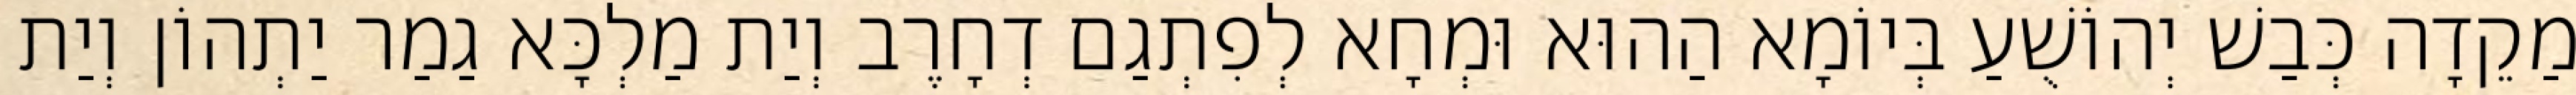
מַקֵדָה כְּבַשׁ יְהוֹשֻׁעַ בְּיוֹמָא הַהוּא וּמְחָא לְפִתְגַם דְחָרֶב וְיַת מַלְכָּא גַמַר יַתְהוֹן וְיַת